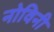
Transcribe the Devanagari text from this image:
नोविनी